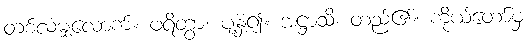
တစ်လံမျှလောက်။ ဖရိတွာ၊ ပျံ့နှံ့၍။ အဋ္ဌာသိ၊ တည်၏။ ကိုယ်တော်မှ